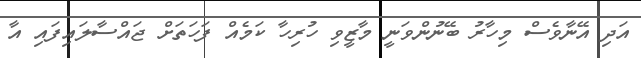
އަދި އޭނާވެސް މިހާރު ބޭނުންވަނީ މާޒީވި ހުރިހާ ކަމެއް ފަހަތަށް ޖައްސާލައިފައި އާ